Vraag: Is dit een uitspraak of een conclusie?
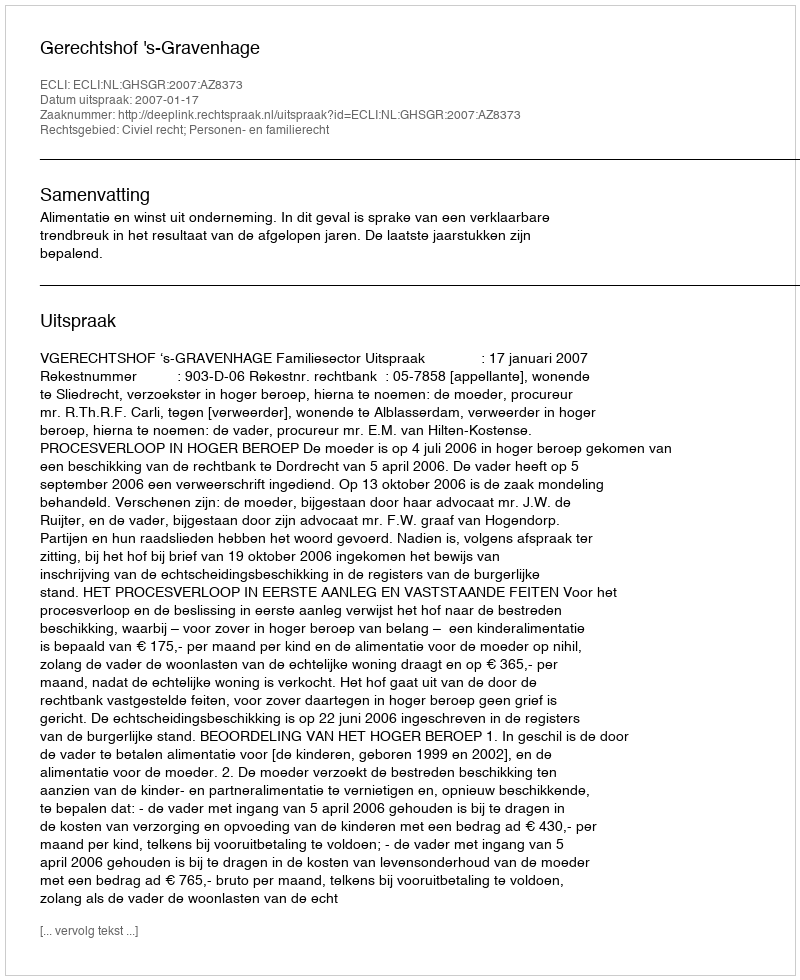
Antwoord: Uitspraak